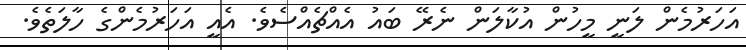
އަހަރުމެން ލަނީ މީހުން އުކާލަން ނެރޭ ބައު އެއްޗެއްސެވެ. އެއީ އަހަރުމެންގެ ހާލަތެވެ.